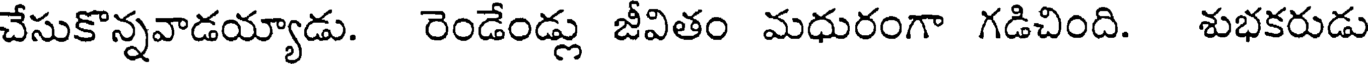
చేసుకొన్నవాడయ్యాడు. రెండేండ్లు జీవితం మధురంగా గడిచింది. శుభకరుడు